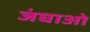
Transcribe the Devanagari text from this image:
जंघाओ